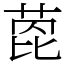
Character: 萞